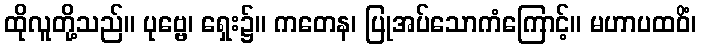
ထိုလူတို့သည်။ ပုဗ္ဗေ၊ ရှေး၌။ ကတေန၊ ပြုအပ်သောကံကြောင့်။ မဟာပထဝိံ၊